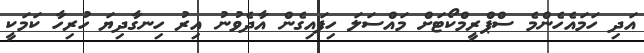
އަދި ހަމައެހެންމެ ސްޕްރީމްކޯޓަށް މައްސަލަ ހިފައިގެން އާދެވުނު އިރު ހިނގާދިޔަ ހުރިހާ ކަމަކީ